Scottish Leaving Certificate Examination, 1952
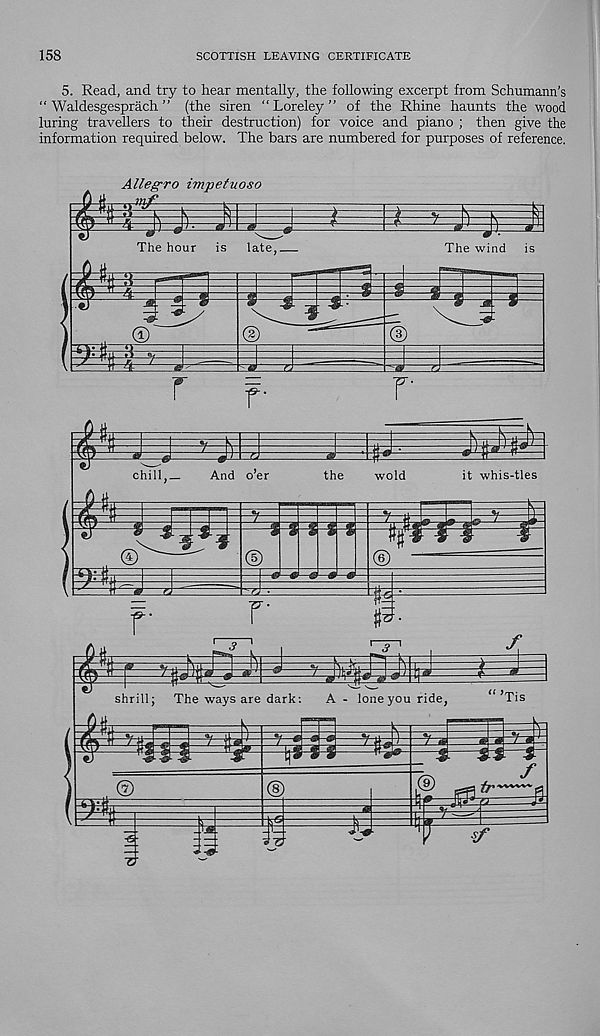
158
SCOTTISH LEAVING CERTIFICATE
5. Read, and try to hear mentally, the following excerpt from Schumann’s
“ Waldesgesprach ” (the siren “ Loreley ” of the Rhine haunts the wood
luring travellers to their destruction) for voice and piano ; then give the
information required below. The bars are numbered for purposes of reference.
e>' r '
n—' "
r
f-
r